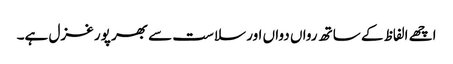
اچھے الفاظ کے ساتھ رواں دواں اور سلاست سے بھر پور غزل ہے۔